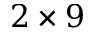
2 \times 9